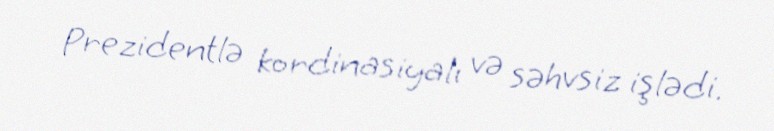
Prezidentlə kordinasiyalı və səhvsiz işlədi.